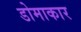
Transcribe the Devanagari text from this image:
डोमाकार